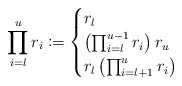
\begin{align*} \prod_{i=l}^{u} r_i \coloneqq \begin{cases} r_l & \\ \left( \prod_{i=l}^{u-1} r_i \right) r_u & \\ r_l \left( \prod_{i=l+1}^u r_i \right) & \end{cases}\end{align*}